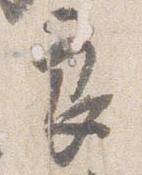
良